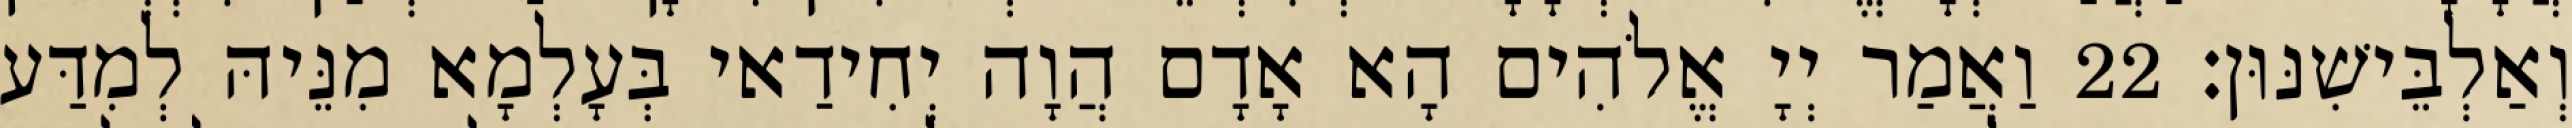
וְאַלְבֵּישִׁנּוּן׃ 22 וַאֲמַר יְיָ אֱלֹהִים הָא אָדָם הֲוָה יְחִידַאי בְּעָלְמָא מִנֵּיהּ לְמִדַּע